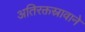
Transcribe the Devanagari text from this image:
अतिरक्तस्रावाने